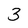
Character: 3